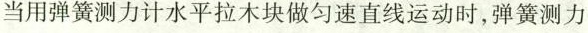
当用弹簧测力计水平拉木块做匀速直线运动时，弹簧测力